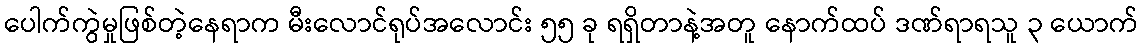
ပေါက်ကွဲမှုဖြစ်တဲ့နေရာက မီးလောင်ရုပ်အလောင်း ၅၅ ခု ရရှိတာနဲ့အတူ နောက်ထပ် ဒဏ်ရာရသူ ၃ ယောက်